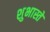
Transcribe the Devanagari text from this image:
शुभास्ते